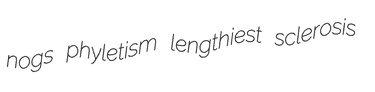
nogs phyletism lengthiest sclerosis